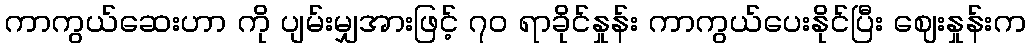
ကာကွယ်ဆေးဟာ ကို ပျမ်းမျှအားဖြင့် ၇၀ ရာခိုင်နှုန်း ကာကွယ်ပေးနိုင်ပြီး ဈေးနှုန်းက